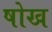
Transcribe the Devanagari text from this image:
षोख